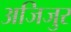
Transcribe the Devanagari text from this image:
अजिजुर